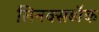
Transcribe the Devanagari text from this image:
लिनक्सडॉक